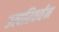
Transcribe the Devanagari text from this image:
उत्परितर्वन